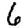
Digit: 6